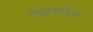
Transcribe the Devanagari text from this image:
लाइबरमन